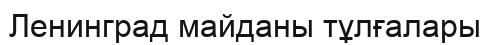
Ленинград майданы тұлғалары